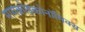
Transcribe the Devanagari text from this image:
मायक्रोइकोनॉमिक्स